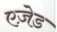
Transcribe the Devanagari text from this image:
एज़ेड